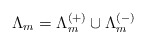
\begin{align*}\Lambda_m = \Lambda_m^{(+)} \cup \Lambda_m^{(-)}\end{align*}